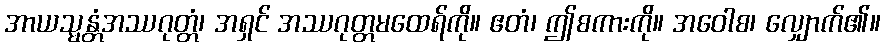
အာယသ္မန္တံအဿဂုတ္တံ၊ အရှင် အဿဂုတ္တမထေရ်ကို။ ဧတံ၊ ဤစကားကို။ အဝေါစ၊ လျှောက်၏။